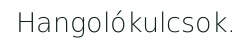
Hangolókulcsok.